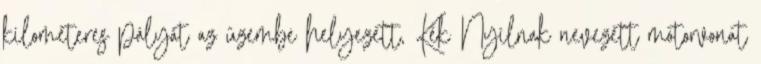
kilométeres pályát az üzembe helyezett, Kék Nyílnak nevezett motorvonat